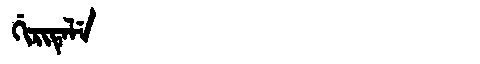
Manchu: ᡤᡳᡵᡳᡨᡝᠯᡝ
Romanization: GIRITELE